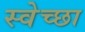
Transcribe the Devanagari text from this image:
स्‍वेच्‍छा